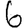
Digit: 6